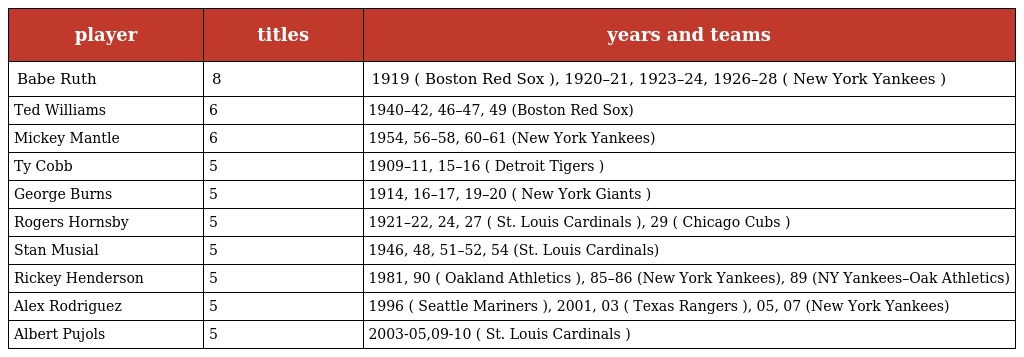
| player | titles | years and teams |
 | --- | --- | --- |
 | Babe Ruth | 8 | 1919 ( Boston Red Sox ), 1920–21, 1923–24, 1926–28 ( New York Yankees ) |
 | Ted Williams | 6 | 1940–42, 46–47, 49 (Boston Red Sox) |
 | Mickey Mantle | 6 | 1954, 56–58, 60–61 (New York Yankees) |
 | Ty Cobb | 5 | 1909–11, 15–16 ( Detroit Tigers ) |
 | George Burns | 5 | 1914, 16–17, 19–20 ( New York Giants ) |
 | Rogers Hornsby | 5 | 1921–22, 24, 27 ( St. Louis Cardinals ), 29 ( Chicago Cubs ) |
 | Stan Musial | 5 | 1946, 48, 51–52, 54 (St. Louis Cardinals) |
 | Rickey Henderson | 5 | 1981, 90 ( Oakland Athletics ), 85–86 (New York Yankees), 89 (NY Yankees–Oak Athletics) |
 | Alex Rodriguez | 5 | 1996 ( Seattle Mariners ), 2001, 03 ( Texas Rangers ), 05, 07 (New York Yankees) |
 | Albert Pujols | 5 | 2003-05,09-10 ( St. Louis Cardinals ) |